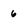
Character: 6